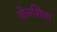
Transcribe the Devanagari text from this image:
शेलशिला